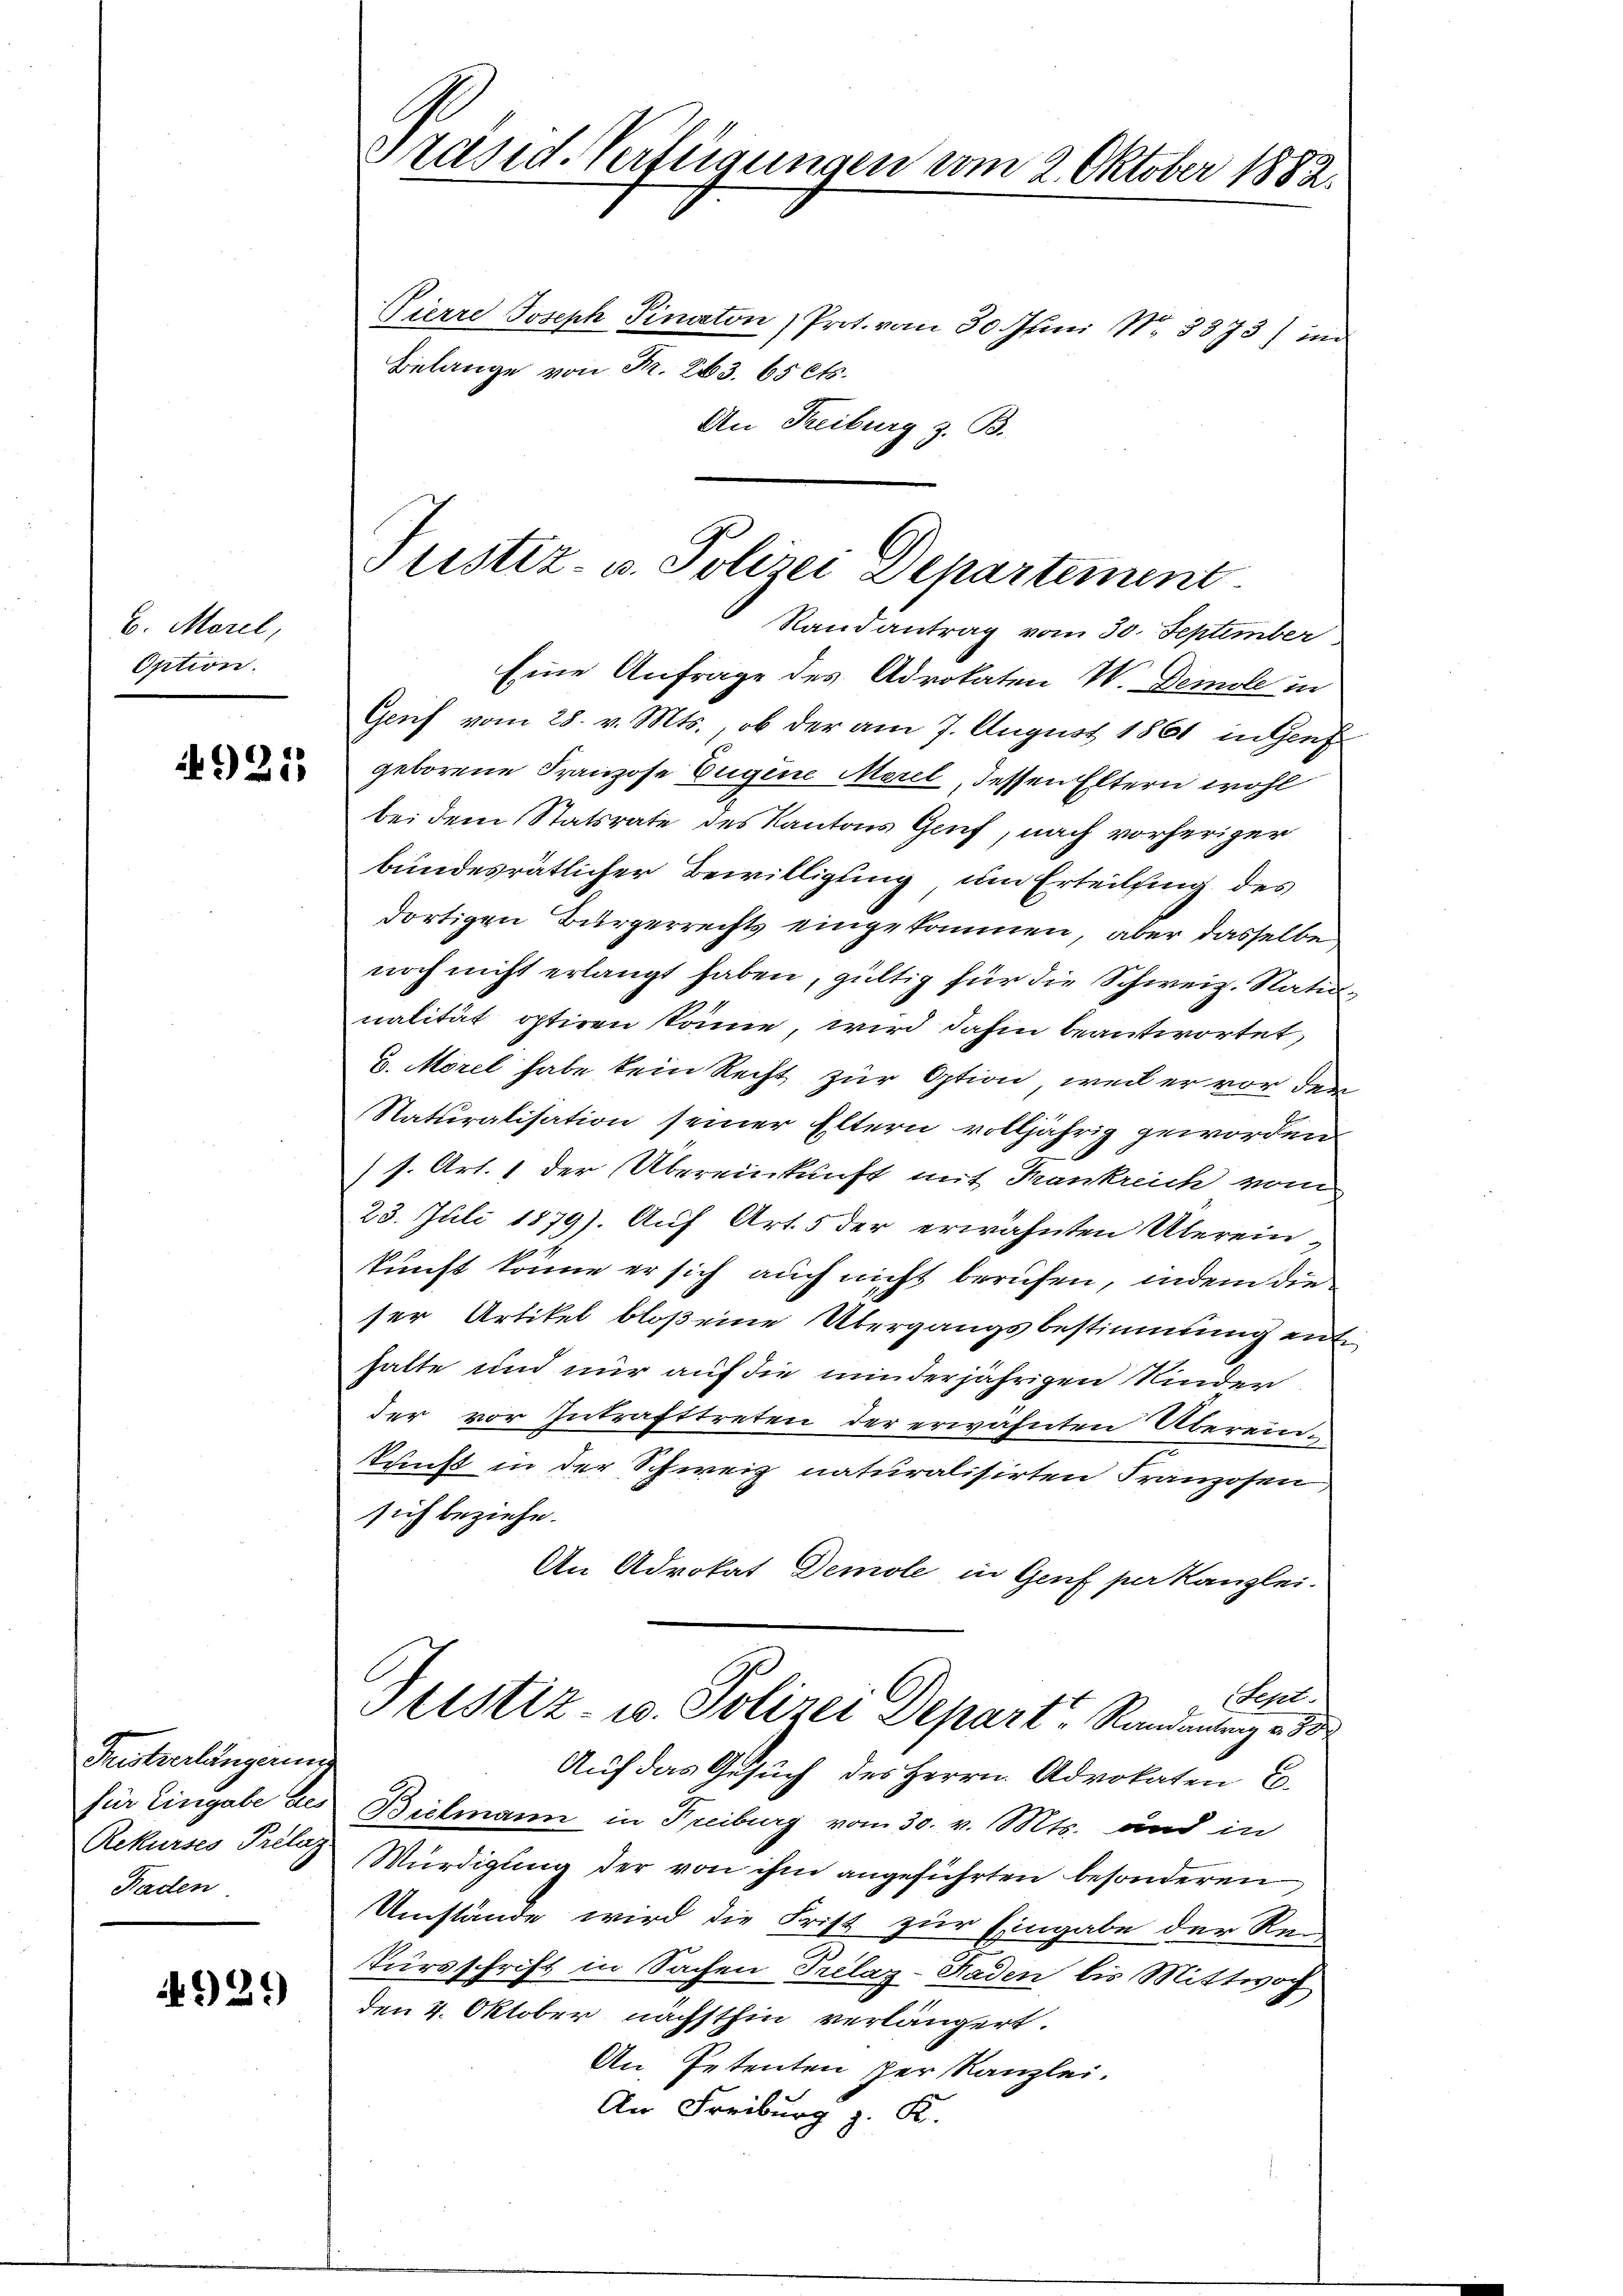
b. Morel,
Option.

4921

Tristverlängern
Rekurses Prelig
Faden

4929

Präsid. Verfügungen vom 2. Oktober 1882.

Pierre Joseph Finaton) Prot. vom 30. Juni Nr. 3873) in
Belange von Fr. 263. 65 Cts.
An Freiburg z. B.
Randantrag vom 30. September
Eine Anfrage des Advokaten W. Demole in
Genf vom 28. v. Mts., ob der am 7. August 1861 in Genf
geborene Franzose Eugene Merl dessen Eltern wohl
bei dem Statsrate des Kantons Gruf, nach vorheriger
bundesrätlicher Bewilligung um Erteilung des
dortigen Bürgerrechts eingekommen, aber dasselbe
noch nicht erlangt haben, gültig für die Schweiz. Nationalität optiren könne, wird dahin beantwortet,
u. Morel habe kein Recht zur Option, weil er vor den
Naturalisation seiner Eltern volljährig geworden.
s. Art. 1 der Übereinkunft mit Frankreich vom
23. Juli 1879). Auf Art. 5 der erwähnten Übereinkunft könne er sich auch nicht berufen, indem die
ser Artikel bloß eine Übergangsbestimmung ent
hatte und nur auf die minderjährigen Kinder
der vor Intrafttreten der erwähnten Übereinkunst in der Schweiz naturalisirten Franzosen,
sich beziehe.
An Advokat Demole in Genf per Kanzlei-
Sept.
ttstiz- u. Polizei Depart Randanlang und
Auf das Gesuch des Herrn Advokaten E.
für Eingabe des Bielmann in Freiburg vom 30. v. Mts. und in
Würdigung der von ihm angeführten besonderen
Umstände wird die Frist zur Eingabe der Rei
Tursschrift in Sachen Prelaz-Haden bis Mittwoch
den 4. Oktober nächsthin verlängert.
An Petenten per Kanzlei.
An Freiburg z. K.

Justiz- u. Polizei Departement